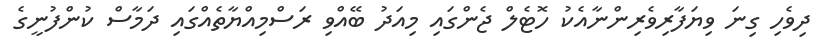
ދިވެހި ގިނަ ވިޔަފާރިވެރިންނާއެކު ހޮޓެލް ޖެންގައި މިއަދު ބޭއްވި ރަސްމިއްޔާތެއްގައި ދަމާސް ކުންފުނީގެ